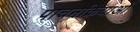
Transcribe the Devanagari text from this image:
पाचनक्रियाओं